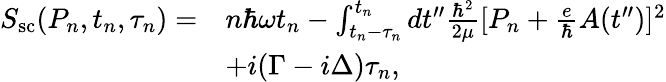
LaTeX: \begin{array}{rl}{S_{\mathrm{sc}}(P_{n},t_{n},\tau_{n})=}&{n\hbar\omega t_{n}-\int_{t_{n}-\tau_{n}}^{t_{n}}dt^{\prime\prime}\frac{\hbar^{2}}{2\mu}[P_{n}+\frac{e}{\hbar}A(t^{\prime\prime})]^{2}}\\ &{+i(\Gamma-i\Delta)\tau_{n},}\end{array}